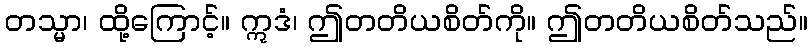
တသ္မာ၊ ထို့ကြောင့်။ ဣဒံ၊ ဤတတိယစိတ်ကို။ ဤတတိယစိတ်သည်။